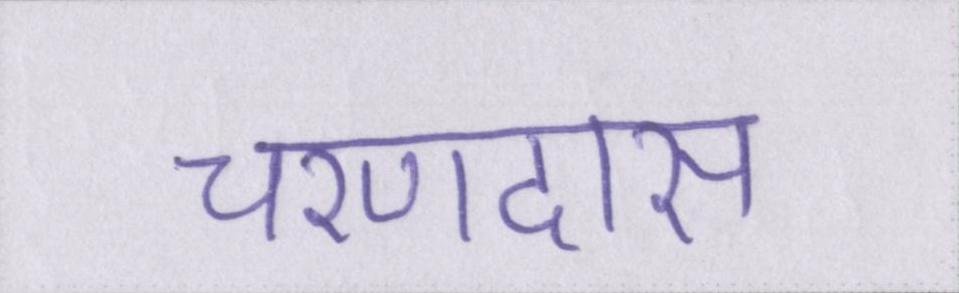
चरणदास